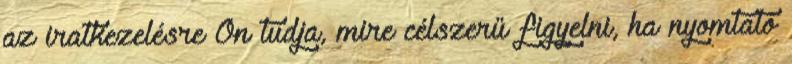
az iratkezelésre Ön tudja, mire célszerű figyelni, ha nyomtató